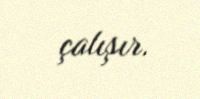
çalışır.